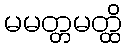
မမတ္တမတ္ထိ